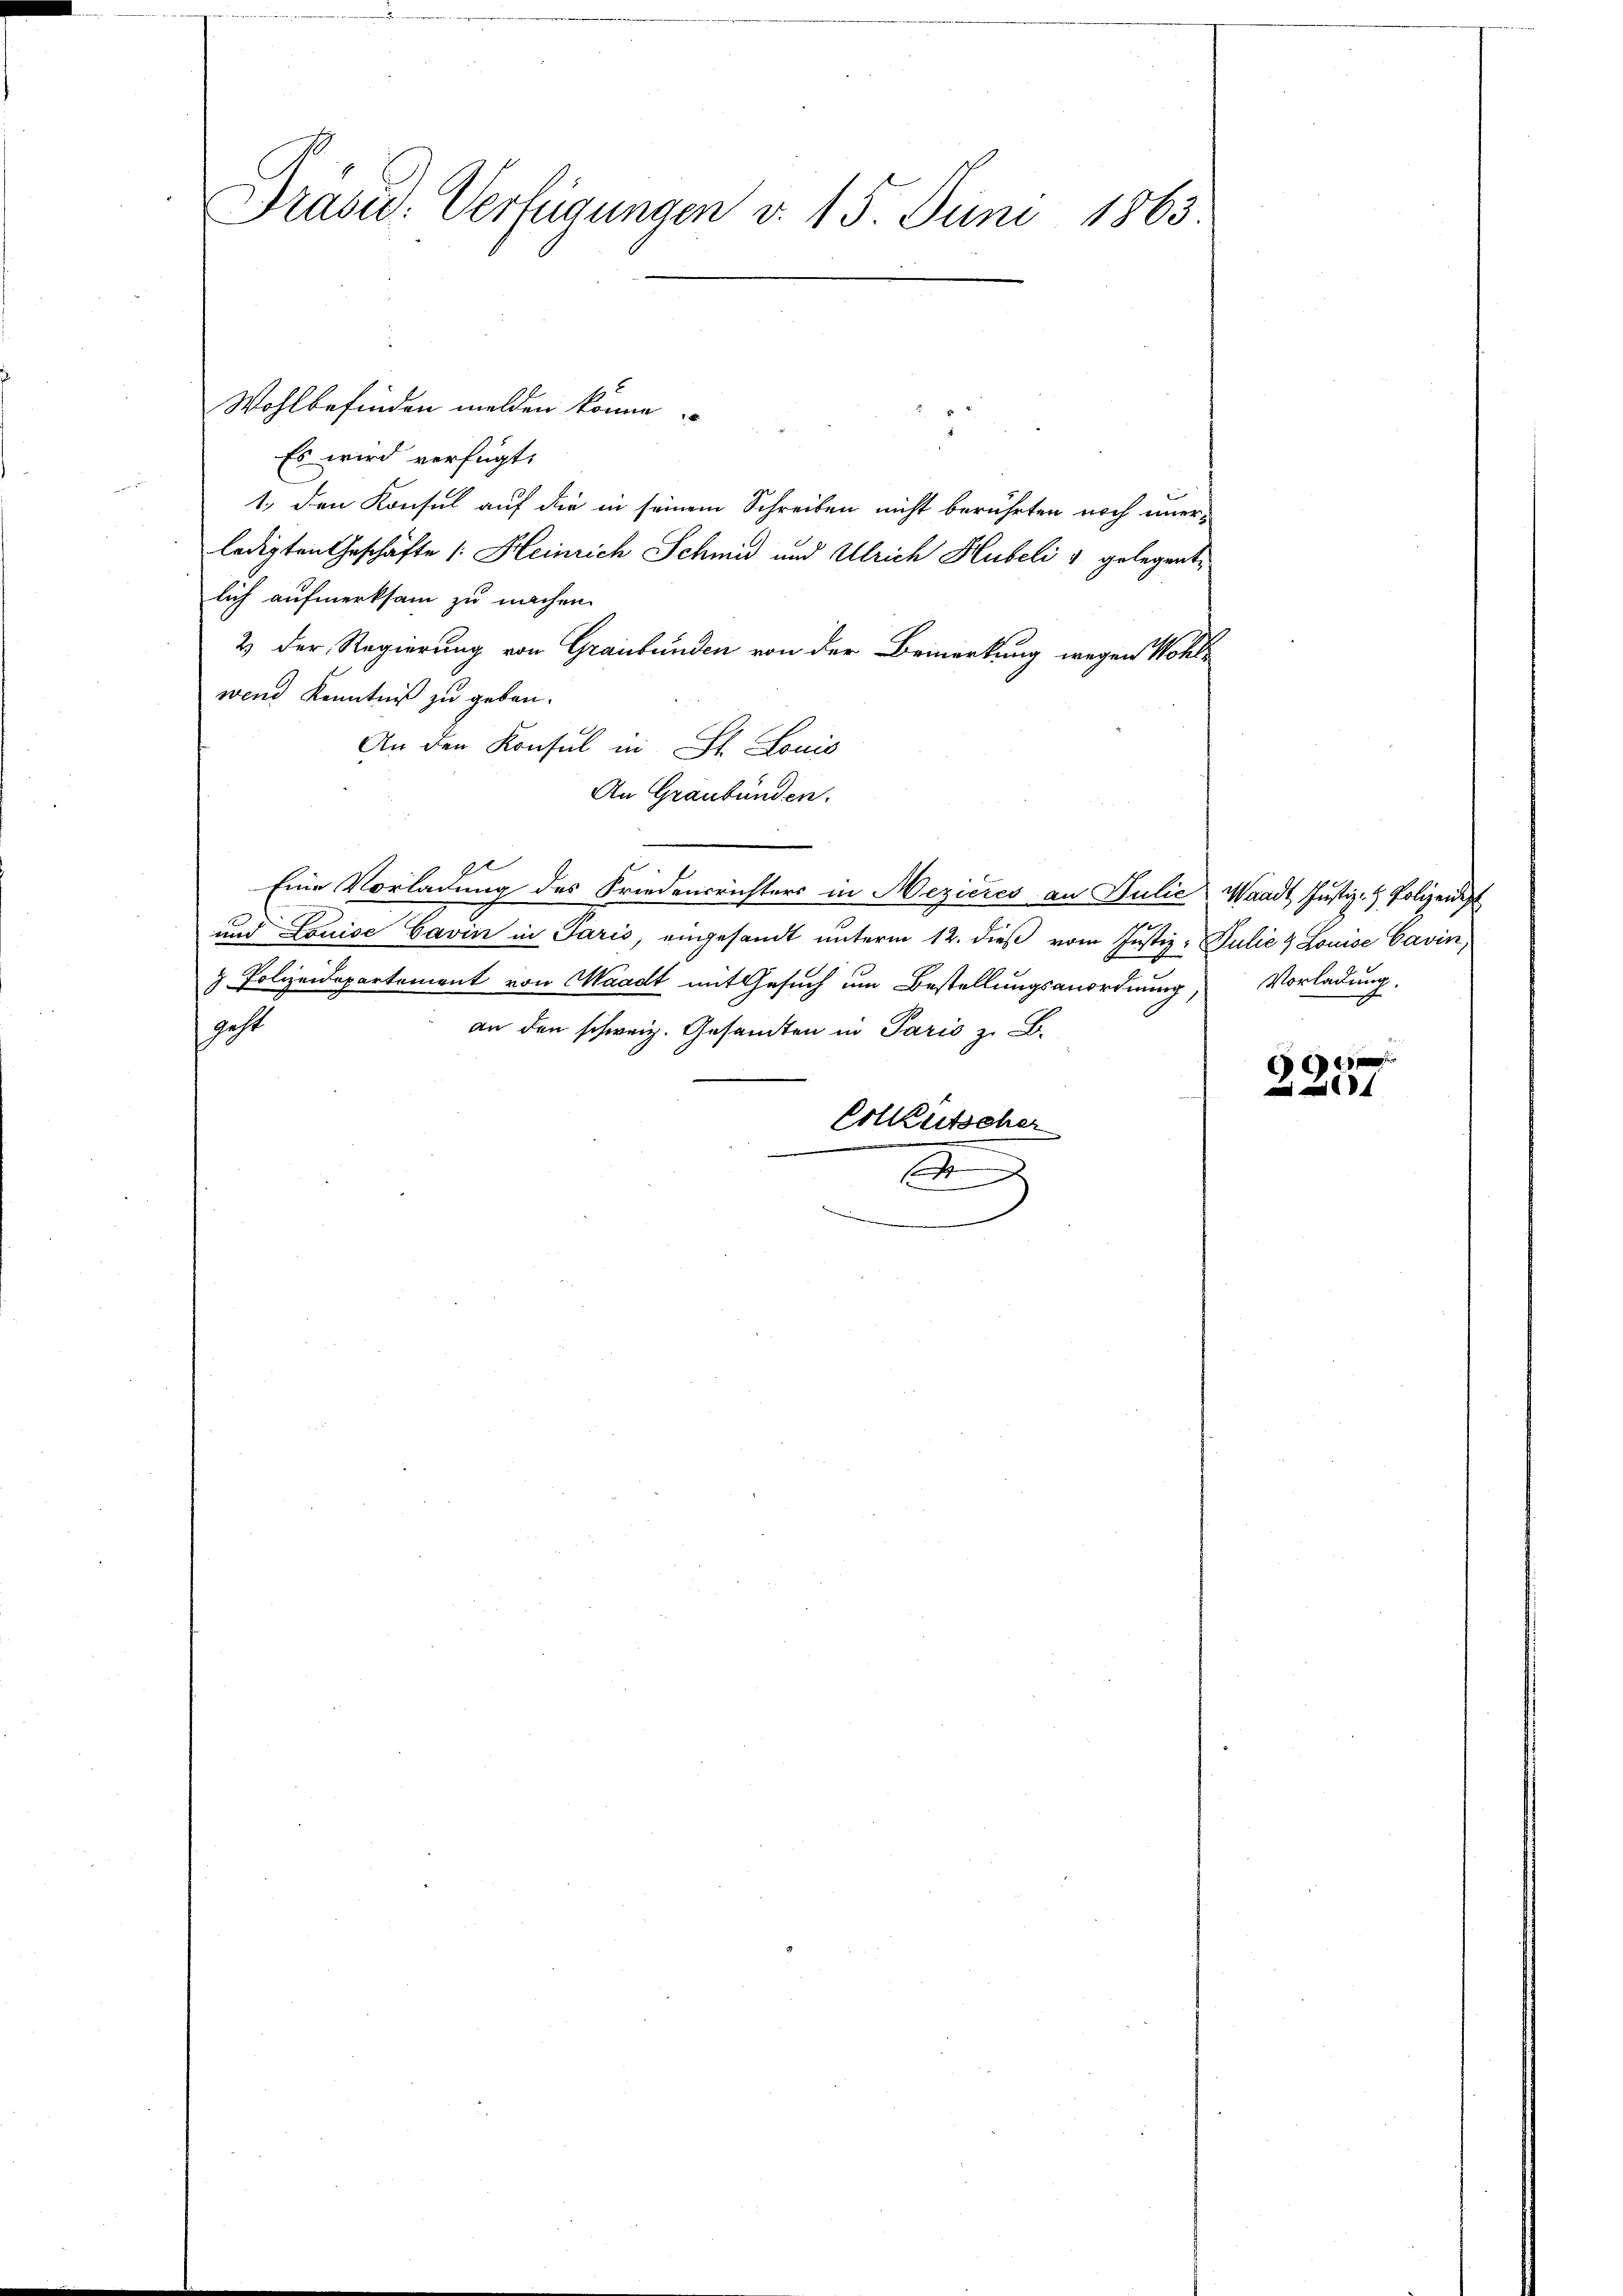
Brasid. Verfügungen v. 15. Juni 1863.

Wohlbefinden melden könne
Es wird verfügt:
1., den Konsul auf die in seinem Schreiben nicht berührten noch uner-
ledigten Geschäfte Heinrich Schmid und Ulrich Hubeli & gelegentlich aufmerksam zu machen.
2 der Regierung von Graubünden von der Bemerkung wegen Wohlwend Kenntniß zu geben.
An den Konsul in St. Louis
An Graubünden.
c
p
Eine Vorladung des Friedensrichters in Mezières an Julie Waadt Justiz- & Polizeidet
und Louise Cavin in Jaris, eingesandt ŭnterm 12. dieβ vom Justiz- Julie & Louise Cavin,
& Polizeidepartement von Waadt mit Gesuch um Bestellungsanordnung, Vorladung,
geht
an den schweiz. Gesandten in Paris z. B.
Colkutscher
S

601